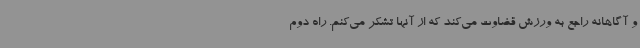
و آگاهانه راجع به ورزش قضاوت می‌کند که از آنها تشکر می‌کنم. راه دوم